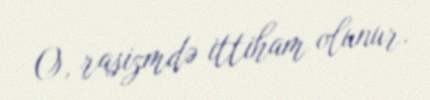
O, rasizmdə ittiham olunur.